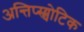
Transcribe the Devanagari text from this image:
अन्तिप्स्य्चोटिक